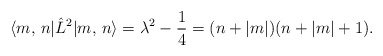
\begin{align*} \langle m,\, n | \hat{L}^2 | m,\, n \rangle = \lambda^2 - \frac 14 = (n + |m|)(n + |m| + 1).\end{align*}